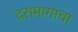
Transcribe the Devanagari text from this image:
दरामागाचा